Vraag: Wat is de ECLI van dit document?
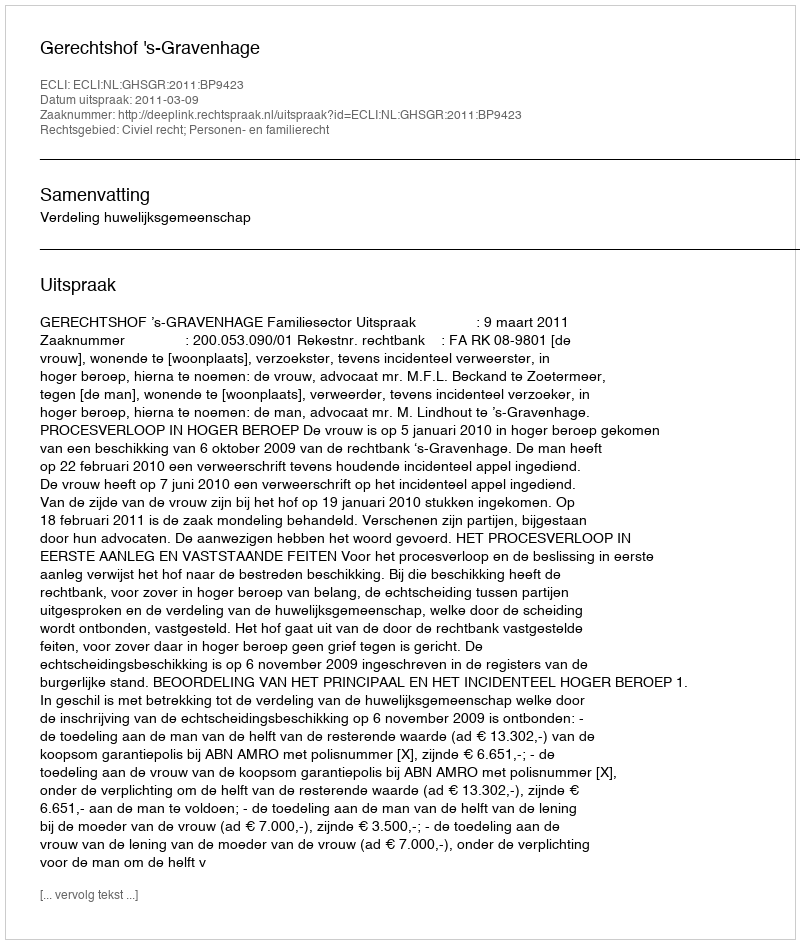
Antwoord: ECLI:NL:GHSGR:2011:BP9423